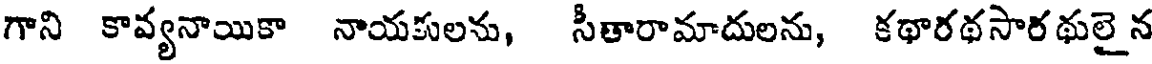
గాని కావ్యనాయికా నాయకులను, సీతారామాదులను, కథారథసారథులై న